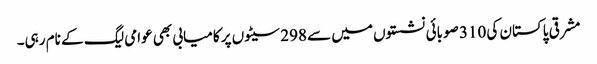
مشرقی پاکستان کی 310 صوبائی نشستوں میں سے 298 سیٹوں پر کامیابی بھی عوامی لیگ کے نام رہی۔